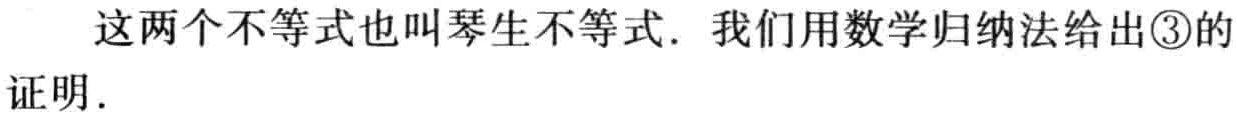
这两个不等式也叫琴生不等式. 我们用数学归纳法给出\textcircled{3}的证明.